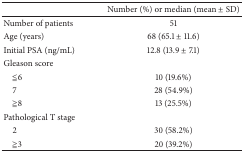
<table><thead><tr><td><b> </b></td><td><b>Number (%) or median (mean ± SD)</b></td></tr></thead><tbody><tr><td>Number of patients</td><td>51</td></tr><tr><td>Age (years)</td><td>68 (65.1 ± 11.6)</td></tr><tr><td>Initial PSA (ng/mL)</td><td>12.8 (13.9 ± 7.1)</td></tr><tr><td>Gleason score</td><td> </td></tr><tr><td> ≦6</td><td>10 (19.6%)</td></tr><tr><td> 7</td><td>28 (54.9%)</td></tr><tr><td> ≧8</td><td>13 (25.5%)</td></tr><tr><td>Pathological T stage</td><td> </td></tr><tr><td> 2</td><td>30 (58.2%)</td></tr><tr><td> ≧3</td><td>20 (39.2%)</td></tr></tbody></table>